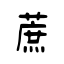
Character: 蔗